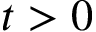
t > 0